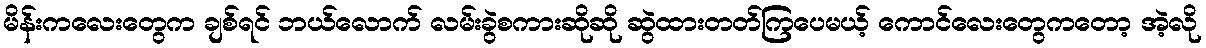
မိန်းကလေးတွေက ချစ်ရင် ဘယ်လောက် လမ်းခွဲစကားဆိုဆို ဆွဲထားတတ်ကြပေမယ့် ကောင်လေးတွေကတော့ အဲ့လို